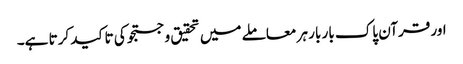
اور قرآن پاک بار بار ہر معاملے میں تحقیق و جستجو کی تاکید کرتا ہے۔